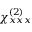
\chi _ { x x x } ^ { ( 2 ) }